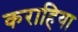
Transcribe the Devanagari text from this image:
कराहिया